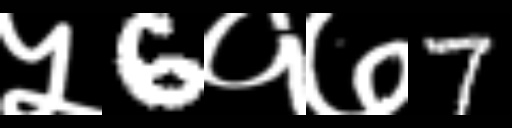
Text: ५6१७7